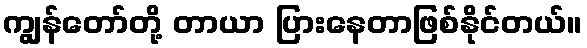
ကျွန်တော်တို့ တာယာ ပြားနေတာဖြစ်နိုင်တယ်။